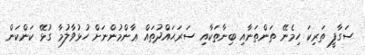
ސަގާފީ ތަރިކަ ހިމެނޭ ތަންތަނާއި ބިނާތަކާއި ސަރަޙައްދުތައް ޢާންމުންނަށް ހުޅުވާލުމާ ގުޅޭ ކަންކަން